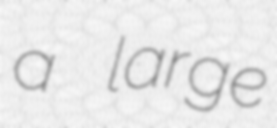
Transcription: a large